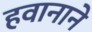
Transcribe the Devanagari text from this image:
हवानाने